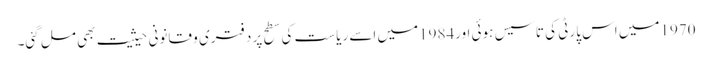
1970میں اس پارٹی کی تاسیس ہوئی اور1984میں اسے ریاست کی سطح پر دفتری و قانونی حیثیت بھی مل گئی۔